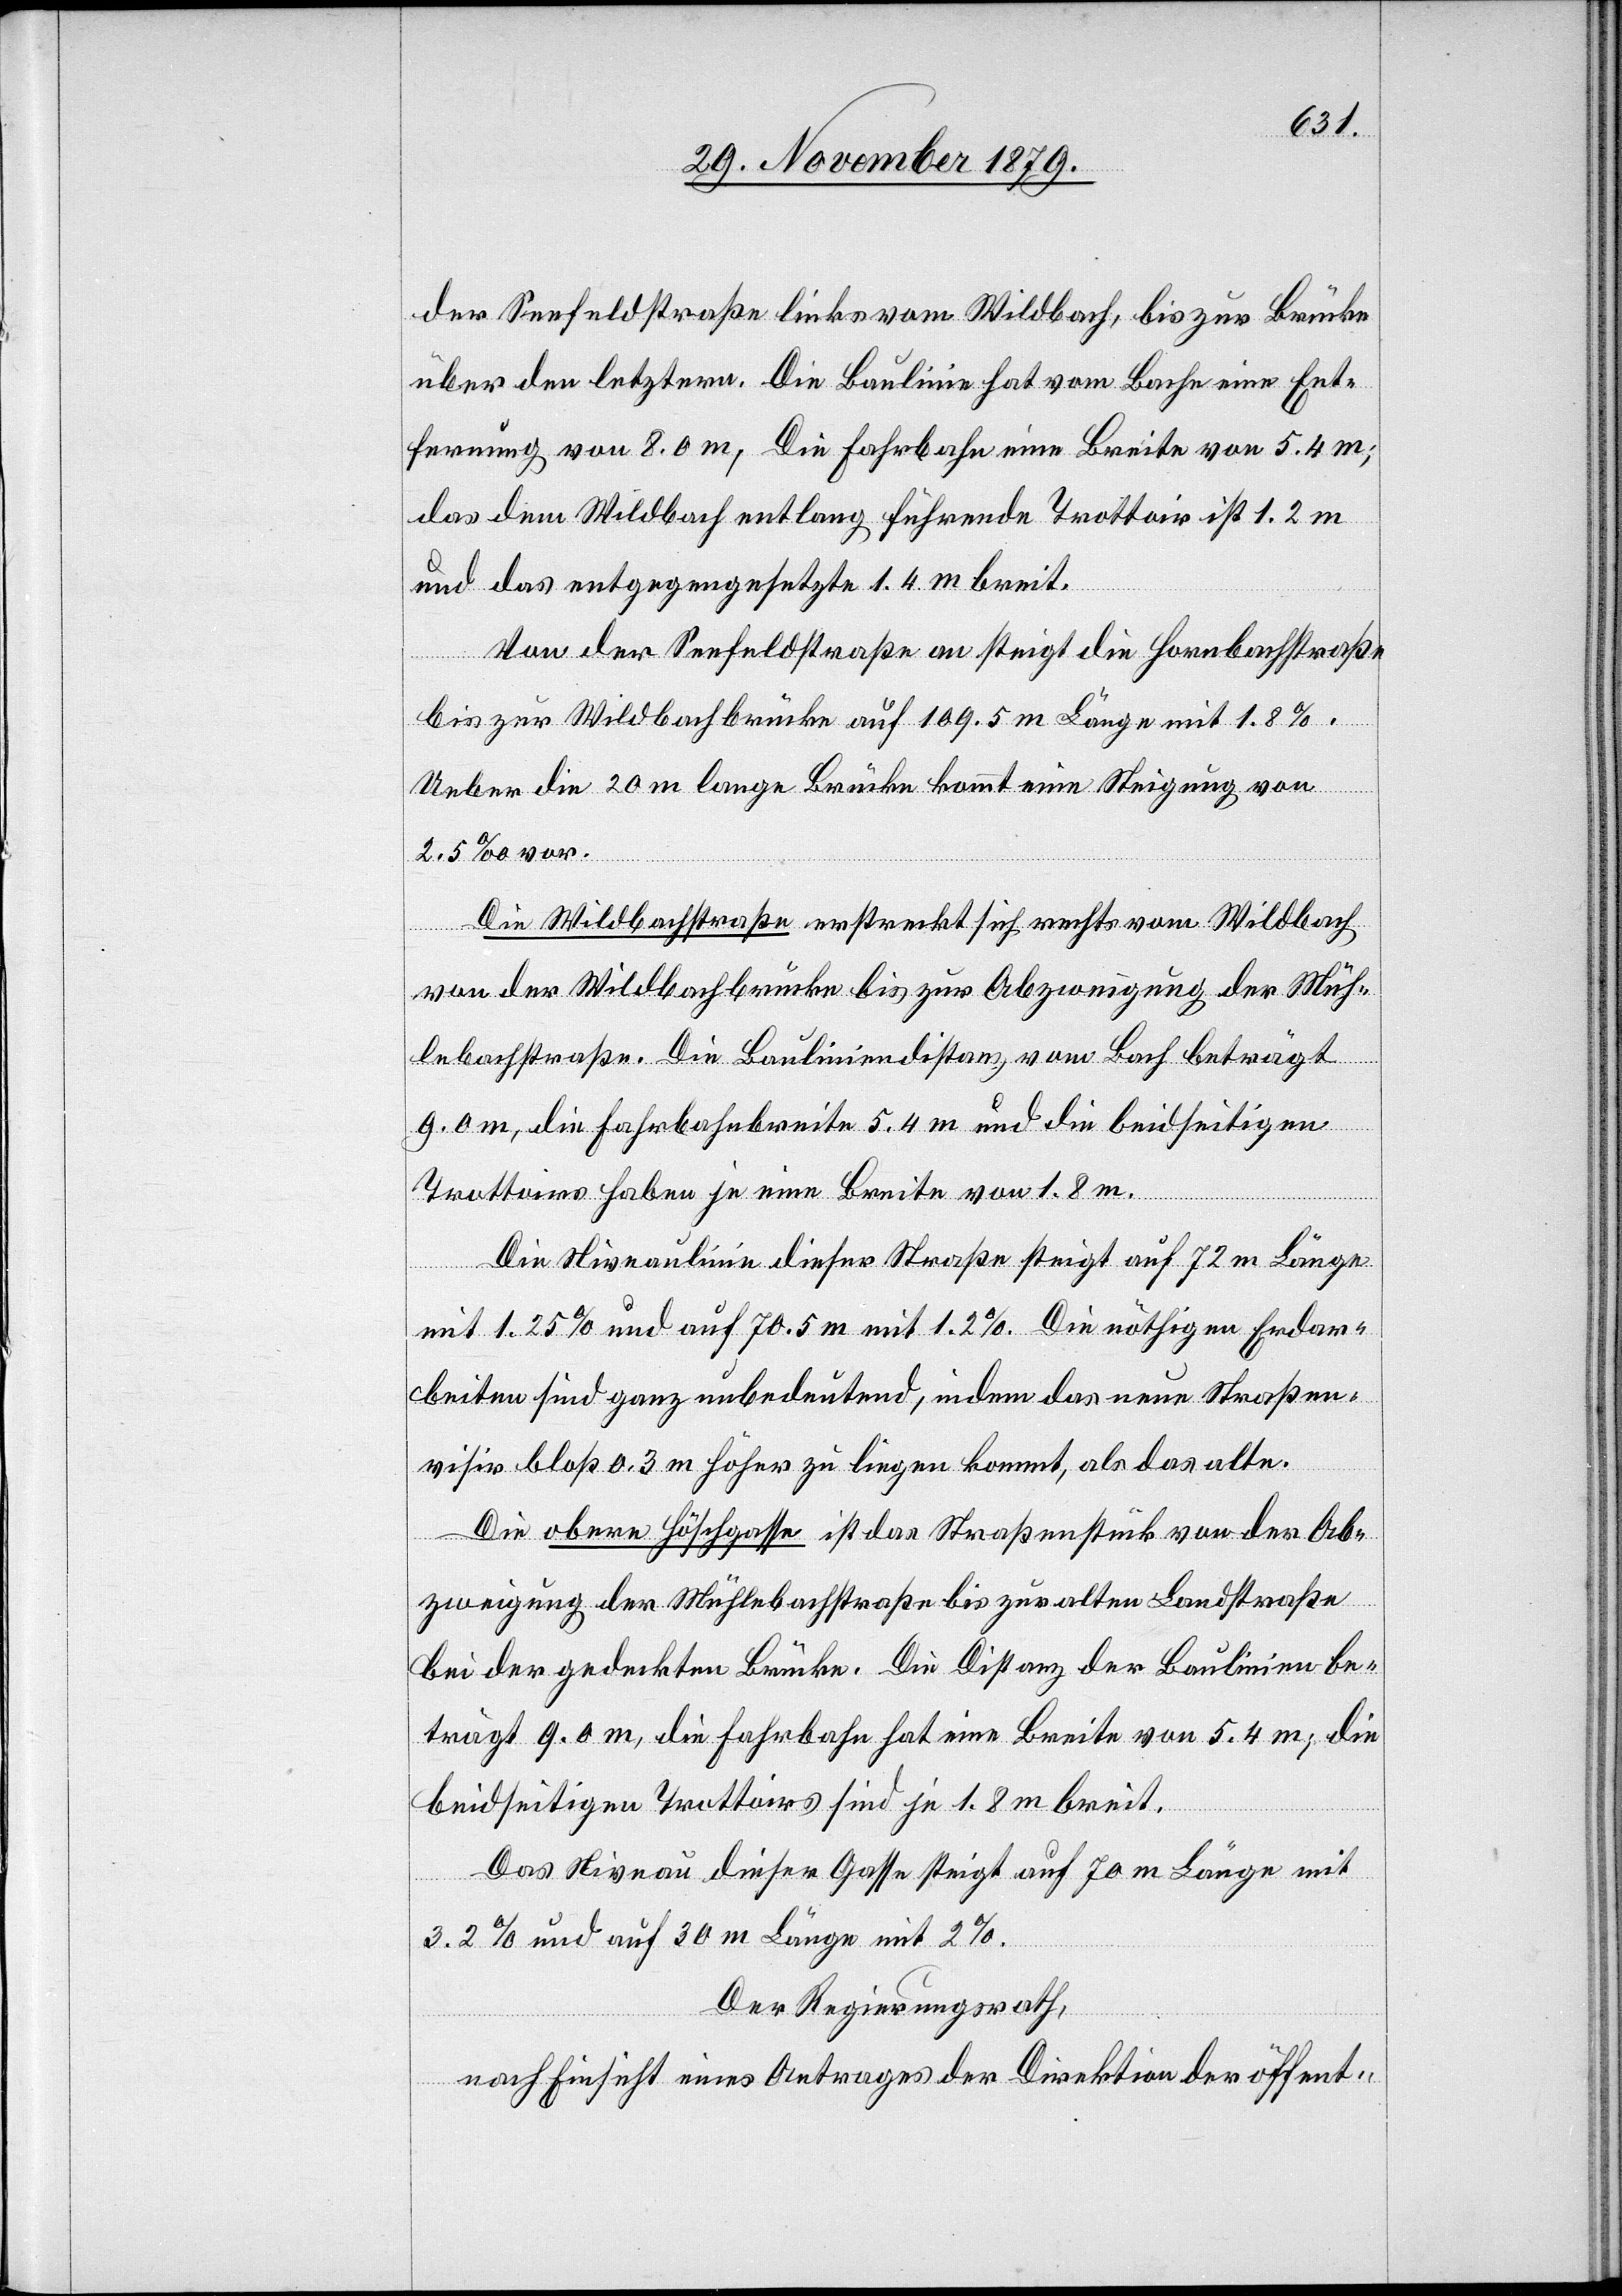
der Seefeldstraße links vom Wildbach, bis zur Brücke
über den letztern. Die Baulinie hat vom Bache eine Ent¬
fernung von 8.0 m; Die Fahrbahn eine Breite von 5.4 m;
das dem Wildbach entlang führende Trottoir ist 1.2 m
und das entgegengesetzte 1.4 m breit.
Von der Seefeldstraße an steigt die Hornbachstraße
bis zur Wildbachbrücke auf 109.5 m Länge mit 1.8%.
Ueber die 20 m lange Brücke kommt eine Steigung von
2.5% vor.
Die Wildbachstraße erstreckt sich rechts vom Wildbach
von der Wildbachbrücke bis zur Abzweigung der Müh¬
lebachstraße. Die Bauliniendistanz vom Bach beträgt
9.0 m, die Fahrbahnbreite 5.4 m und die beidseitigen
Trottoirs haben je eine Breite von 1.8 m.
Die Niveaulinie dieser Straße steigt auf 72 m Länge
mit 1.25% und auf 70.5 m mit 1.2%. Die nöthigen Erdar¬
beiten sind ganz unbedeutend, indem das neue Straßen¬
visir bloß 0.3 m höher zu liegen kommt, als das alte.
Die obere Höchgasse ist das Straßenstück von der Ab¬
zweigung der Mühlebachstraße bis zur alten Landstraße
bei der gedeckten Brücke. Die Distanz der Baulinien be¬
trägt 9.0 m, die Fahrbahn hat eine Breite von 5.4 m; die
beidseitigen Trottoirs sind je 1.8 m breit.
Das Niveau dieser Gasse steigt auf 70 m Länge mit
3.2% und auf 30 m Länge mit 2%.
Der Regierungsrath,
nach Einsicht eines Antrages der Direktion der öffent-